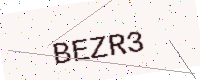
Text: BEZR3